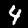
Digit: 4